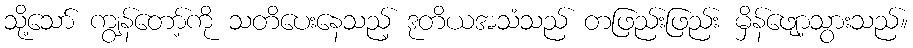
သို့သော် ကျွန်တော့်ကို သတိပေးနေသည့် ဒုတိယအသံသည် တဖြည်းဖြည်း မှိန်ဖျော့သွားသည်။